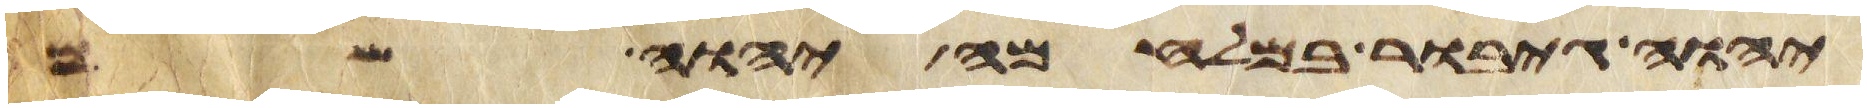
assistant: יהוה גיבור במלחמה יהוה שמו